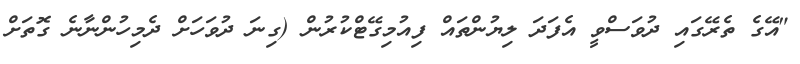
"އޭގެ ތެރޭގައި ދުވަސްވީ އެފަދަ ލިޔުންތައް ފިއުމިގޭޓްކުރުން (ގިނަ ދުވަހަށް ދެމިހުންނާނެ ގޮތަށް